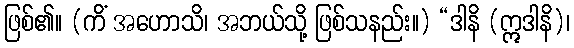
ဖြစ်၏။ (ကိံ အဟောသိ၊ အဘယ်သို့ ဖြစ်သနည်း။) “ဒါနိ (ဣဒါနိ)၊